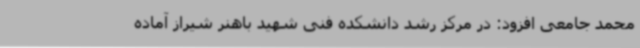
محمد جامعی افزود: در مرکز رشد دانشکده فنی شهید باهنر شیراز آماده